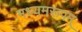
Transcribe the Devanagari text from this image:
मध्यमरूपम्